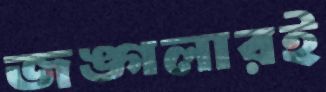
জঙ্গলারই